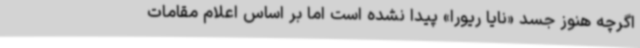
اگرچه هنوز جسد «نایا ریورا» پیدا نشده است اما بر اساس اعلام مقامات